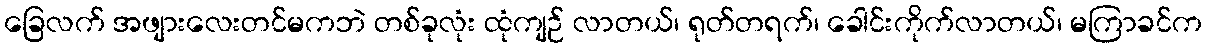
ခြေလက် အဖျားလေးတင်မကဘဲ တစ်ခုလုံး ထုံကျဉ် လာတယ်၊ ရုတ်တရက်၊ ခေါင်းကိုက်လာတယ်၊ မကြာခင်က